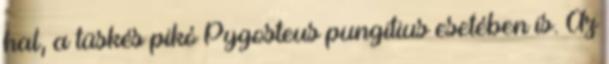
hal, a tüskés pikó Pygosteus pungitius esetében is. Az